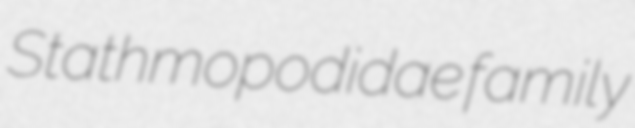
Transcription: Stathmopodidae family